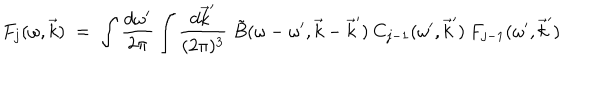
F _ { j } ( \omega , \vec { k } ) \; = \; \int \frac { d \omega ^ { \prime } } { 2 \pi } \int \frac { d \vec { k } ^ { \prime } } { ( 2 \pi ) ^ { 3 } } \; \tilde { B } ( \omega - \omega ^ { \prime } , \vec { k } - \vec { k } ^ { \prime } ) \: C _ { j - 1 } ( \omega ^ { \prime } , \vec { k } ^ { \prime } ) \: F _ { j - 1 } ( \omega ^ { \prime } , \vec { k } ^ { \prime } )